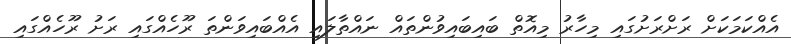
އެއްކަމަކަށް ރަށްރަށުގައި މިހާރު މިއޮތް ބައިބައިވުންތައް ނައްތާލައި އެއްބައިވަންތަ ރޫހެއްގައި ރަށު ރޫހެއްގައި